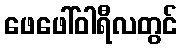
ဖေဖေါ်ဝါရီလတွင်